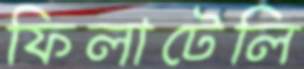
ফিলাটেলি